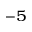
^ { - 5 }